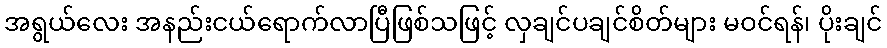
အရွယ်လေး အနည်းငယ်ရောက်လာပြီဖြစ်သဖြင့် လှချင်ပချင်စိတ်များ မဝင်ရန်၊ ပိုးချင်